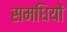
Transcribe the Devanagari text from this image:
समधियों